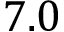
7 . 0